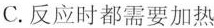
C.反应时都需要加热